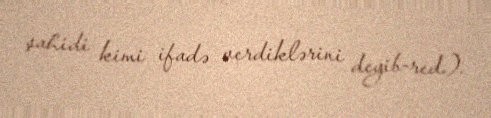
şahidi kimi ifadə verdiklərini deyib-red.).